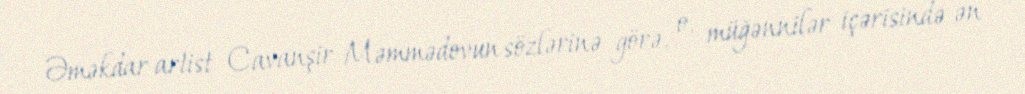
Əməkdar artist Cavanşir Məmmədovun sözlərinə görə, o, müğənnilər içərisində ən